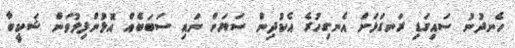
ހެނދުނު ސައިގަޑި ރަނގަޅަށް އެނގިހުރެ އެކުދިން ސަޔަށް ނައި ސަބަބެއް އޮޅުންފިލުވަން ޝަކީބާ